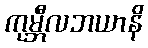
ကုမ္ဘီလဘယာနိ